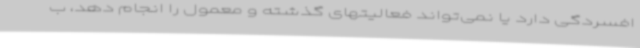
افسردگی دارد یا نمی‌تواند فعالیتهای گذشته و معمول را انجام دهد، ب